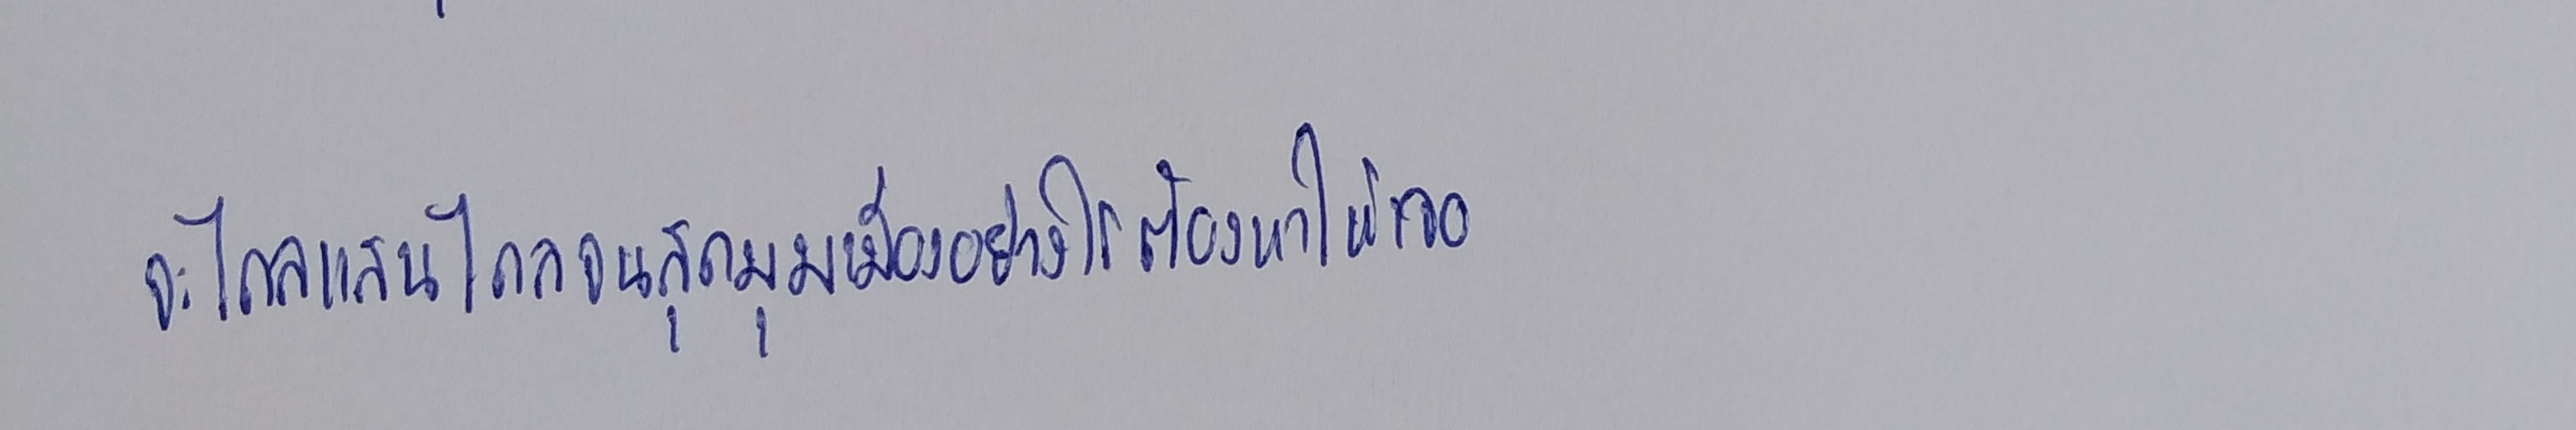
จะไกลแสนไกลจนสุดมุมเมืองอย่างไรต้องหาให้เจอ